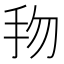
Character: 𢪥